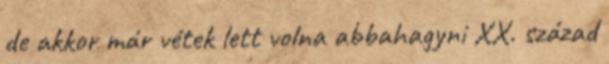
de akkor már vétek lett volna abbahagyni XX. század